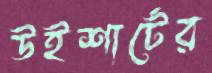
উইশার্টের